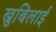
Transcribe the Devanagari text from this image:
खुबिलाई